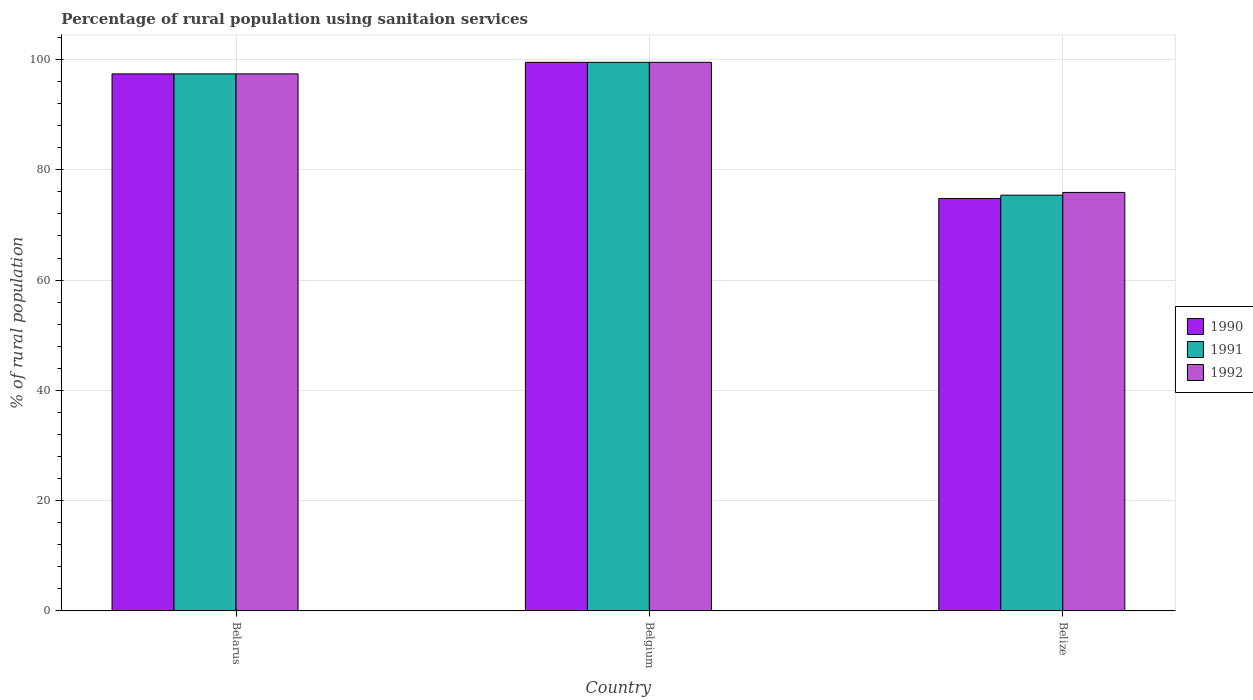
| Country | 1990 | 1991 | 1992 |
 | --- | --- | --- | --- |
 | Belarus | 97.4 | 97.4 | 97.4 |
 | Belgium | 99.5 | 99.5 | 99.5 |
 | Belize | 74.8 | 75.4 | 75.9 |